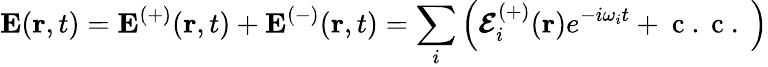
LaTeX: \mathbf{E}(\mathbf{r},t)=\mathbf{E}^{(+)}(\mathbf{r},t)+\mathbf{E}^{(-)}(\mathbf{r},t)=\sum_{i}\left(\boldsymbol{\mathcal{E}}_{i}^{(+)}(\mathbf{r})e^{-i\omega_{i}t}+\mathrm{~c~.~c~.~}\right)